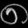
Digit: ၈